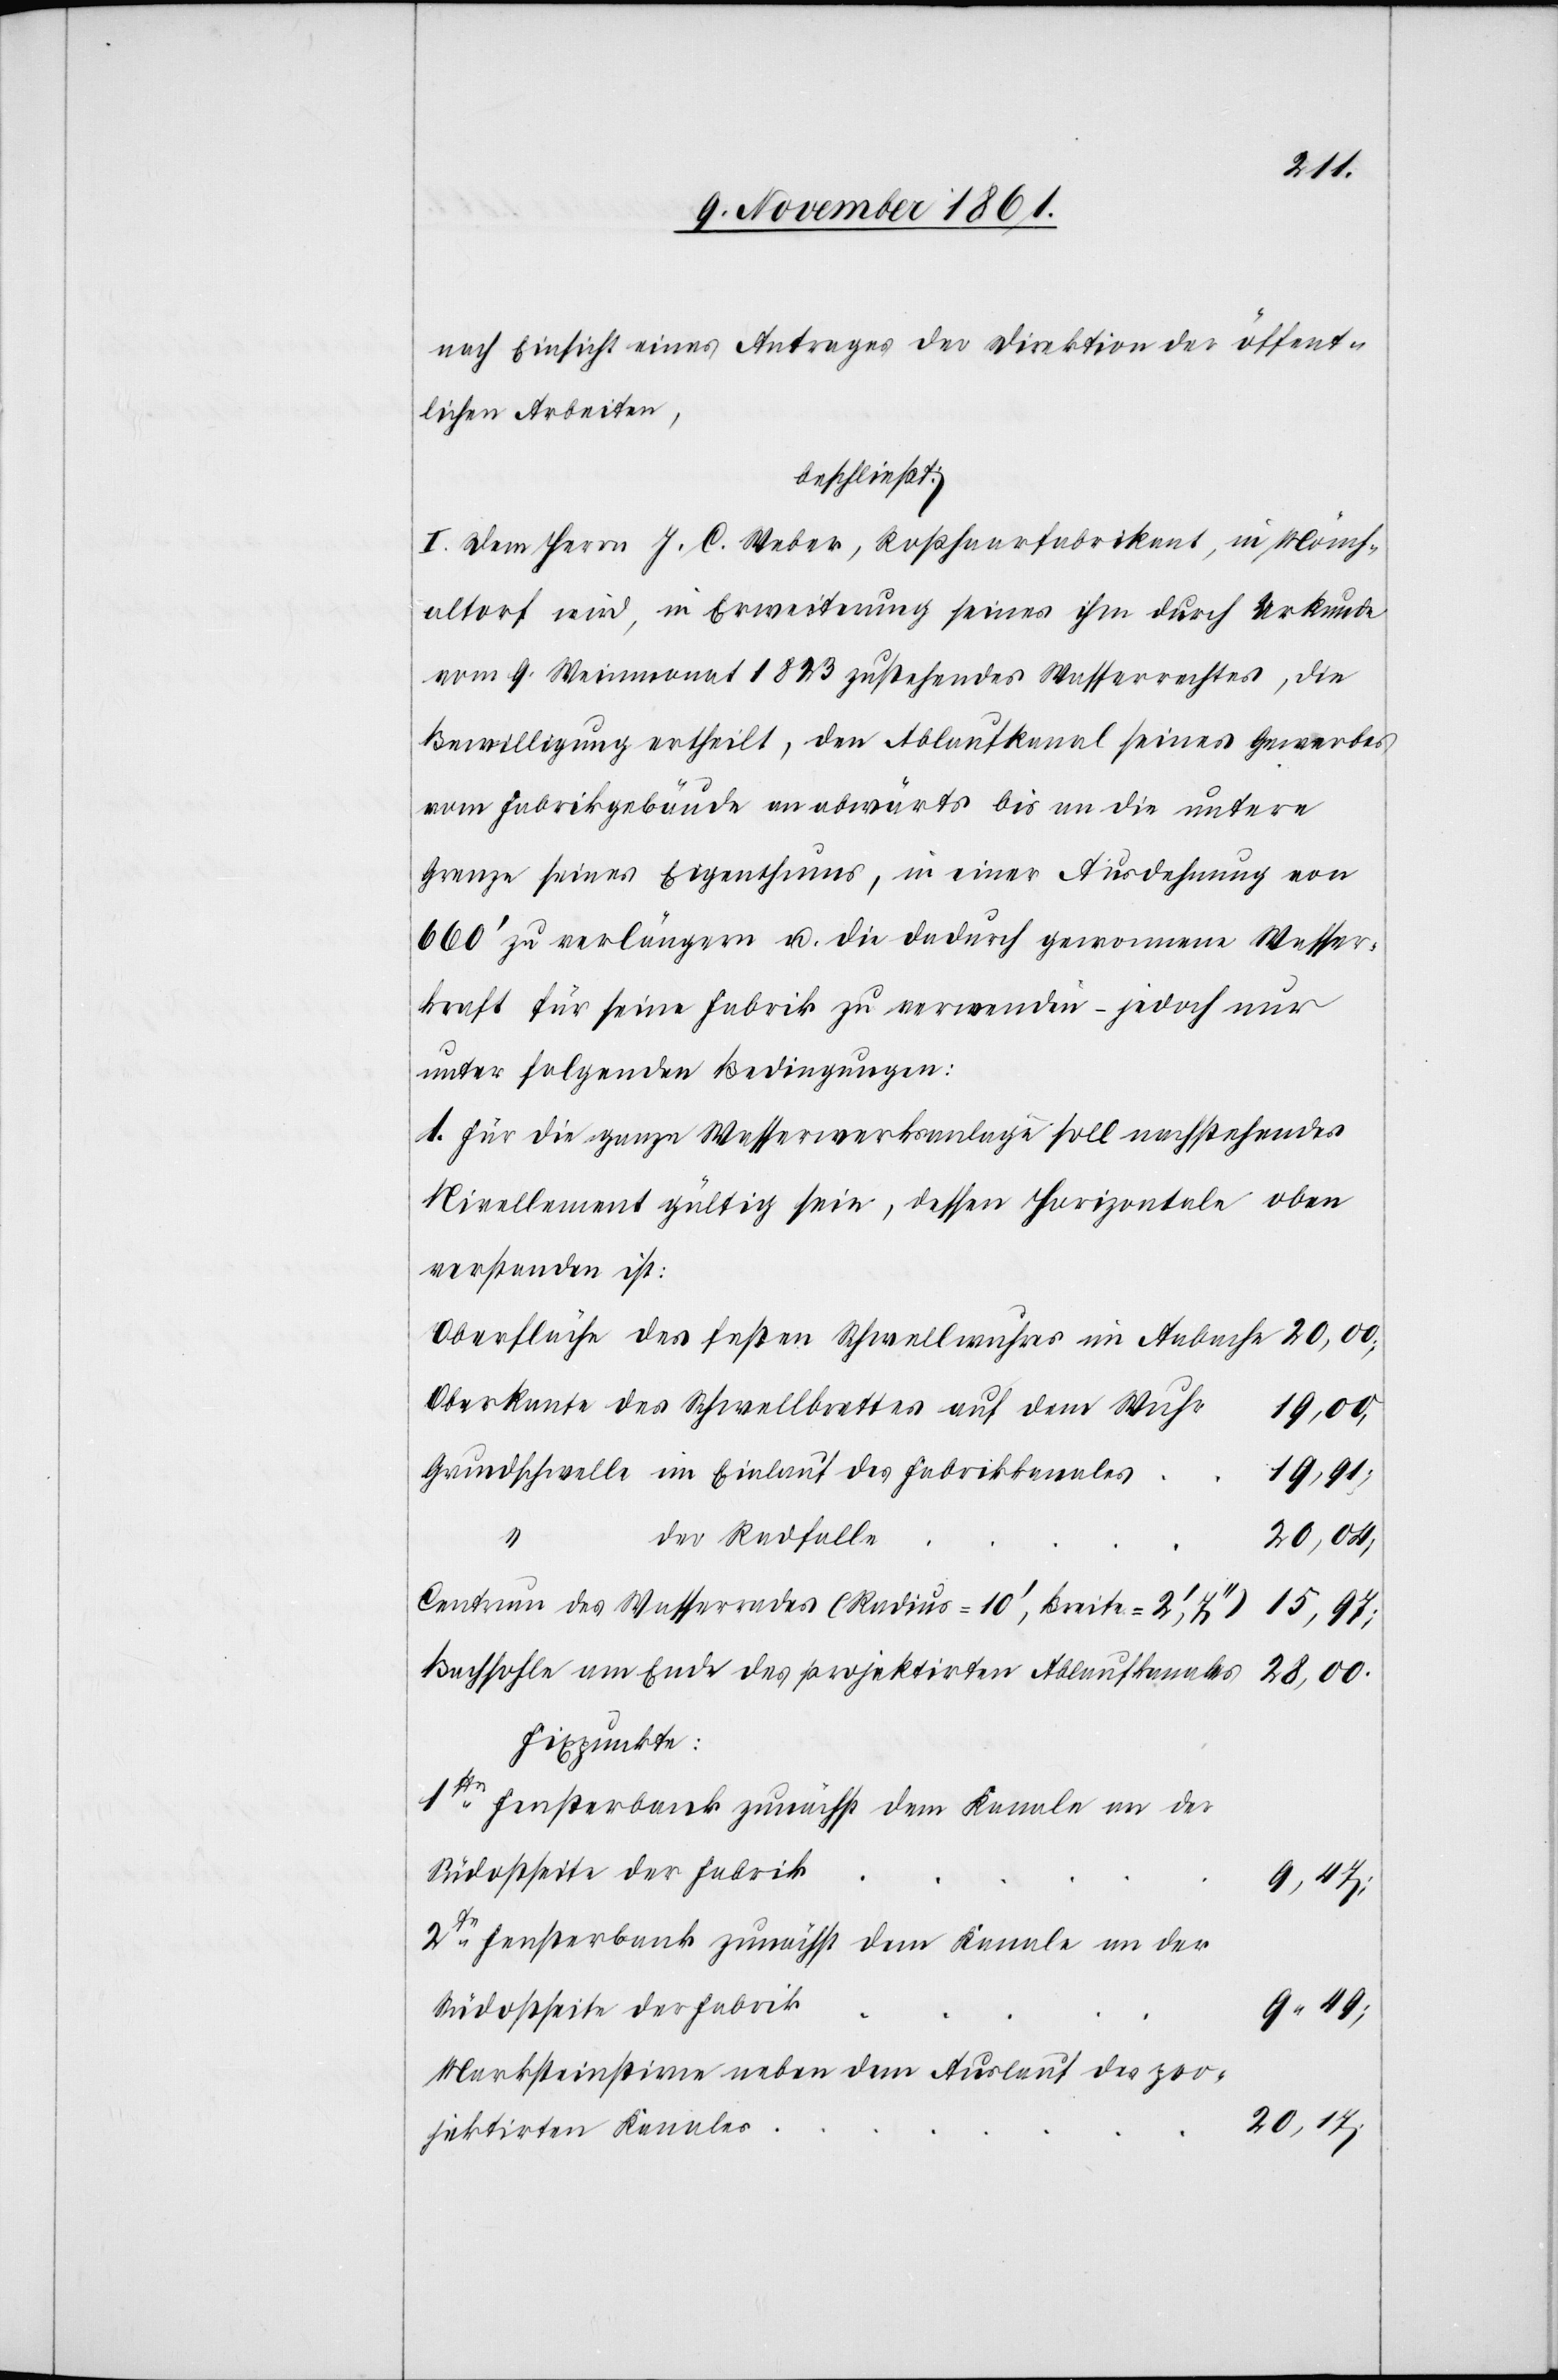
nach Einsicht eines Antrages der Direktion der öffent¬
lichen Arbeiten,
beschließt:
I. Dem Herrn J. C. Weber, Roßhaarfabrikant, in Mönch¬
altorf wird, in Erweiterung seines ihm durch Urkunde
vom 9 Weinmonat 1823 zustehendes Wasserrecht, die
Bewilligung ertheilt, den Ablaufkanal seines Gewerbes
vom Fabrikgebäude an abwärts bis an die untere
Grenze seines Eigenthums, in einer Ausdehnung von
660’ zu verlängern u. die dadurch gewonnene Wasser¬
kraft für seine Fabrik zu verwenden – jedoch nur
unter folgenden Bedingungen:
1. Für die ganze Wasserwerksanlage soll nachstehendes
Nivellement gültig sein, dessen Horizontale oben
verstanden ist:
Oberfläche des festen Schwellwuhres im Aabache
Oberkante des Schwellbrettes auf dem
der
s		20.17.
Centrum des Wasserrades (Radius = 10‘, Breite = 2‘,7‘‘)			15,97.
Bachsohle am Ende des projektirten Ablaufkanales				28,00.
Fixpunkte:
2te Fensterbank zunächst dem Kanale an der
Südostseite der Fabri¬
Marksteinstirne neben dem Auslauf des pro¬
jektirten Kanale¬